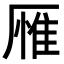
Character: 𪠕